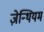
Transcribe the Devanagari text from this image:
ज़ेन्थियम